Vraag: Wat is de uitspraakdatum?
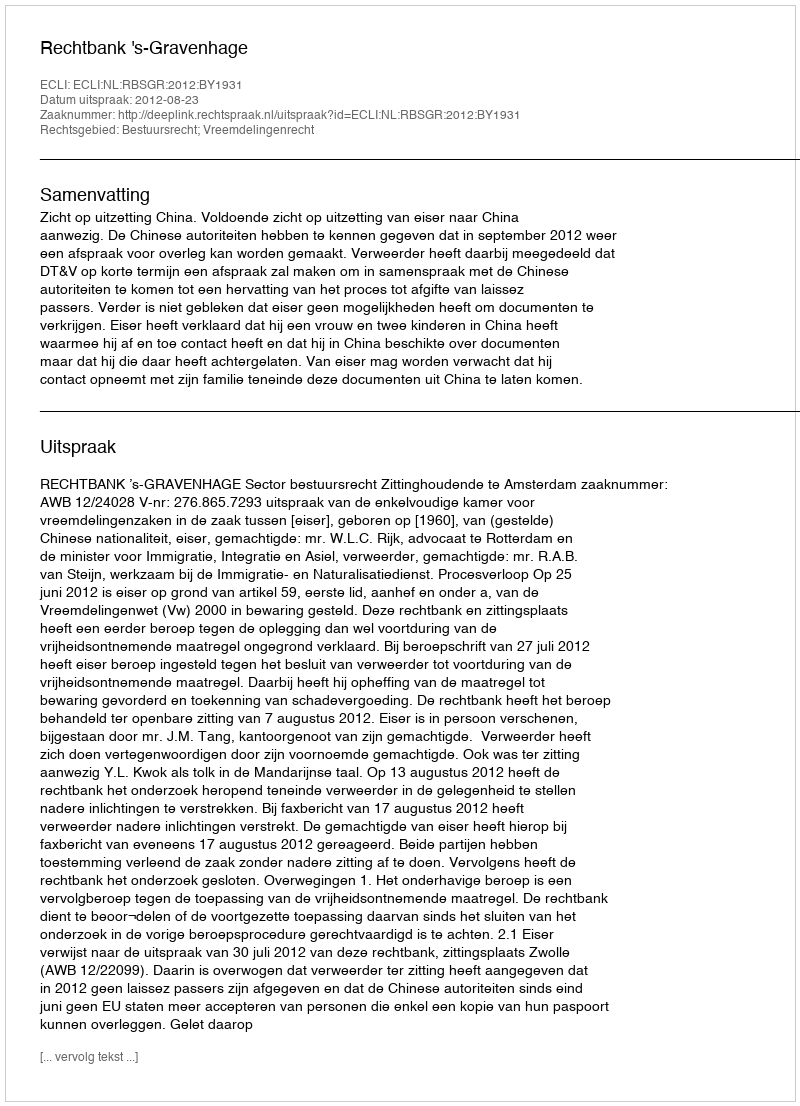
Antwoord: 2012-08-23